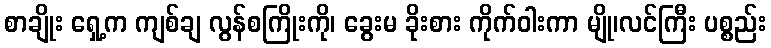
စာချိုး ရှေ့က ကျစ်ချ လွန်စကြိုးကို၊ ခွေးမ ခိုးစား ကိုက်ဝါးကာ မျို၊လင်ကြီး ပစ္စည်း